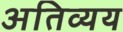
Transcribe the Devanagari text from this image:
अतिव्यय